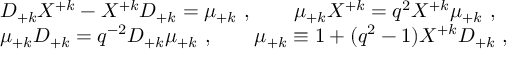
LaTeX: \begin{array} { l } { { { \cal D } _ { + k } { \cal X } ^ { + k } - { \cal X } ^ { + k } { \cal D } _ { + k } = \mu _ { + k } ~ , ~ ~ ~ ~ ~ ~ \mu _ { + k } { \cal X } ^ { + k } = q ^ { 2 } { \cal X } ^ { + k } \mu _ { + k } ~ , } } \\ { { \mu _ { + k } { \cal D } _ { + k } = q ^ { - 2 } { \cal D } _ { + k } \mu _ { + k } ~ , ~ ~ ~ ~ ~ ~ \mu _ { + k } \equiv 1 + ( q ^ { 2 } - 1 ) { \cal X } ^ { + k } { \cal D } _ { + k } ~ , } } \end{array}